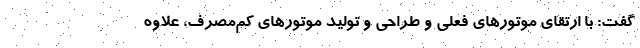
گفت: با ارتقای موتورهای فعلی و طراحی و تولید موتورهای کم‌مصرف، علاوه